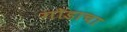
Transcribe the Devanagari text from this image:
गोडाचा